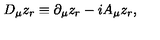
D _ { \mu } z _ { r } \equiv \partial _ { \mu } z _ { r } - i A _ { \mu } z _ { r } ,